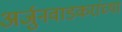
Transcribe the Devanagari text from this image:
अर्जुनवाडकरांच्या